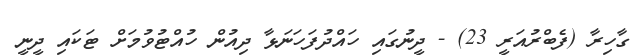
ގާހިރާ (ފެބްރުއަރީ 23) - ދީނުގައި ހައްދުފަހަނަޅާ ދިއުން ހުއްޓުވުމަށް ޓަކައި ދީނީ